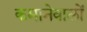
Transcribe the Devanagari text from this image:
कमानेवालों